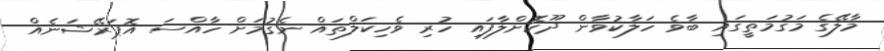
މާލޭގެ މަގުމަތީގައި ބާވެ ހަލާކުވާން ދޫކޮށްލާފައި ހުރި ވެހިކަލްތައް ނެގުމަށް ހާއްސަ އޮޕަރޭޝަނެއް